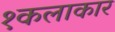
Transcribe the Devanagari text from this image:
१कलाकार